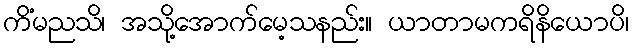
ကိံမညသိ၊ အသို့အောက်မေ့သနည်း။ ယာတာမကရိနိယောပိ၊